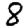
Digit: 8